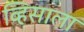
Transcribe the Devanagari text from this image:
व्हिसाला